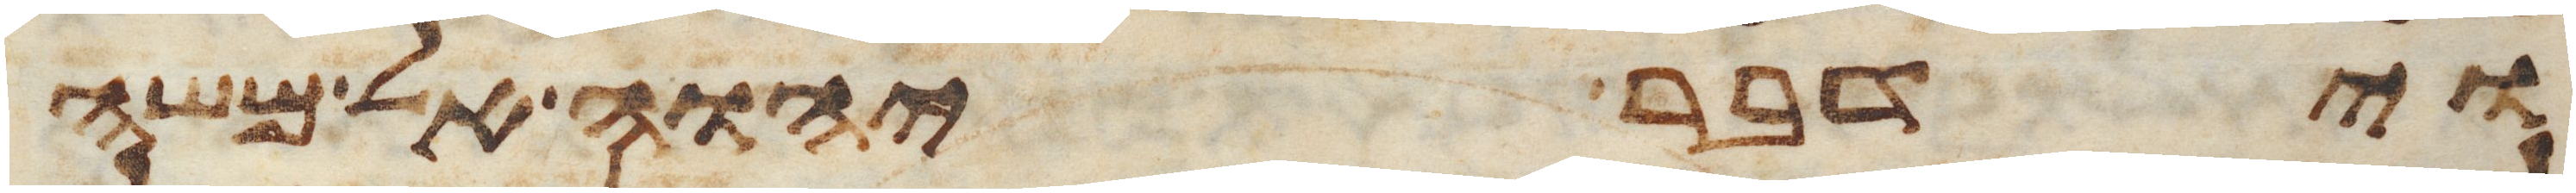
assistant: וידבר יהוה אל משה